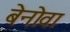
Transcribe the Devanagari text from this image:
बेनोवा